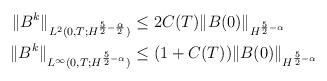
LaTeX: \begin{align*}\|B^k\|_{L^2(0,T; H^{\frac52-\frac{\alpha}2})}\leq&\ 2C(T) \|B(0)\|_{H^{\frac{5}{2} -\alpha}} \\\|B^k\|_{L^\infty(0,T; H^{\frac52-\alpha})}\leq&\ (1+C(T)) \|B(0)\|_{H^{\frac{5}{2} -\alpha}} \end{align*}